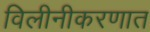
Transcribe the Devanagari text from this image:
विलीनीकरणात